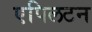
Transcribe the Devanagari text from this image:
एपिलटन